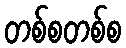
တစ်စတစ်စ